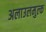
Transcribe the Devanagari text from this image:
अलाउलमुल्क